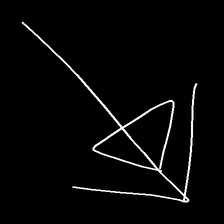
Glyph: pull